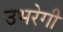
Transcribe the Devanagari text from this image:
उभरेगी